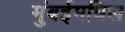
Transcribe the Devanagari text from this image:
मुंबईमधिल